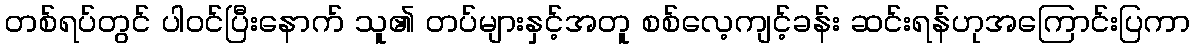
တစ်ရပ်တွင် ပါဝင်ပြီးနောက် သူ၏ တပ်များနှင့်အတူ စစ်လေ့ကျင့်ခန်း ဆင်းရန်ဟုအကြောင်းပြကာ